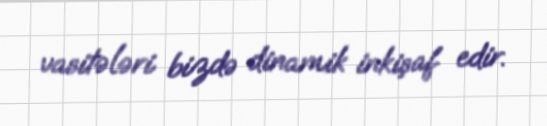
vasitələri bizdə dinamik inkişaf edir.